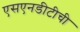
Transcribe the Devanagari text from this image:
एसएनडीटीची